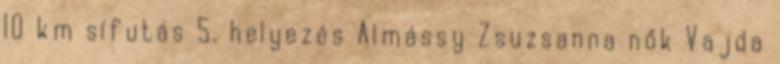
10 km sífutás 5. helyezés Almássy Zsuzsanna nők Vajda